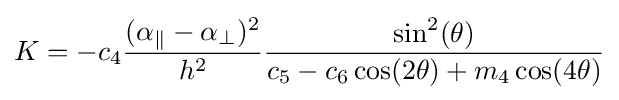
K=-c_{4}{\frac {(\alpha _{\parallel }-\alpha _{\perp })^{2}}{h^{2}}}{\frac {\sin ^{2}(\theta )}{c_{5}-c_{6}\cos(2\theta )+m_{4}\cos(4\theta )}}